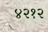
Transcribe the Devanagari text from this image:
४२१२